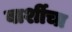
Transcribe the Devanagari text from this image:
बार्शीचा